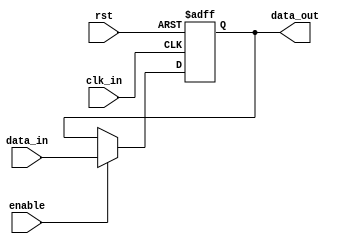
module variable_width_bypass_register (
    input wire clk_in,
    input wire rst,
    input wire [31:0] data_in,
    input wire enable,
    output wire [31:0] data_out
);

reg [31:0] register;

always @(posedge clk_in or posedge rst) begin
    if (rst) begin
        register <= 32'b0;
    end else if (enable) begin
        register <= data_in;
    end
end

assign data_out = register;

endmodule